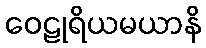
ဝေဠုရိယမယာနိ